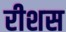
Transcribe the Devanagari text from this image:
रीशस